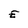
Character: E